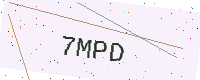
Text: 7MPD